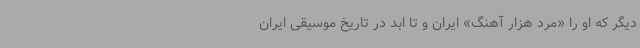
دیگر که او را «مرد هزار آهنگ» ایران و تا ابد در تاریخ موسیقی ایران